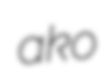
ako